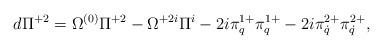
LaTeX: \begin{align*}d\Pi^{+2}=\Omega^{(0)}\Pi^{+2}-\Omega^{+2i}\Pi^i-2i\pi^{1+}_q\pi^{1+}_q-2i\pi^{2+}_{\dot q}\pi^{2+}_{\dot q},\end{align*}